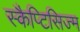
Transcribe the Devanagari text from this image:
स्कैप्टिसिज्म